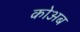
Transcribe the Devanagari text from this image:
कोअब